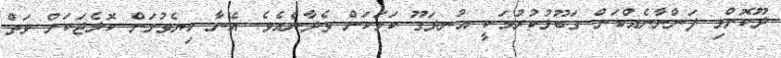
ދޫކޮށްލި ފަންނާނެއްކަން ގަބޫލުކުރުމަކީ އުނދަގޫ ކަމަކަށް ވެދާނެއެވެ. އޭނާ ކިޔެވުމަށް ކޮލެޖަކަށް ވަތް